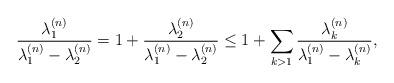
LaTeX: \begin{align*}\frac{\lambda_1^{(n)}}{\lambda_1^{(n)}-\lambda_{2}^{(n)}}&=1+\frac{\lambda_{2}^{(n)}}{\lambda_1^{(n)}-\lambda_{2}^{(n)}}\leq 1+\sum_{k> 1}\frac{\lambda_k^{(n)}}{\lambda_1^{(n)}-\lambda_k^{(n)}},\end{align*}